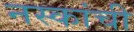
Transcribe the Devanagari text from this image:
नस्कांची